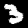
Label: 3